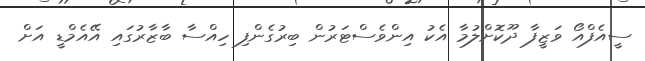
ސީއެފްއޯ ވަޒީފާ ދޫކޮށްލުމާ އެކު އިންވެސްޓަރުން ބިރުގެންފި ހިއްސާ ބާޒާރުގައި އޭއެމްޑީ އަށް